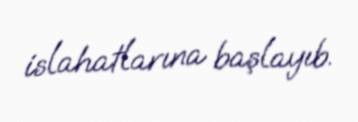
islahatlarına başlayıb.